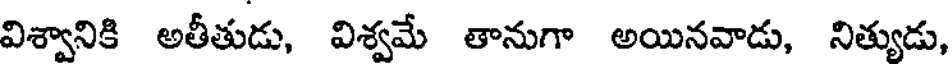
విశ్వానికి అతీతుడు, విశ్వమే తానుగా అయినవాడు, నిత్యుడు,